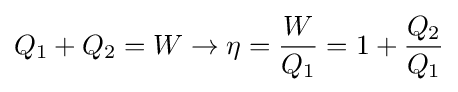
Q_{1}+Q_{2}=W\to \eta ={\frac {W}{Q_{1}}}=1+{\frac {Q_{2}}{Q_{1}}}